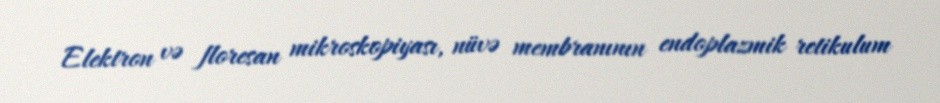
Elektron və floresan mikroskopiyası, nüvə membranının endoplazmik retikulum